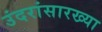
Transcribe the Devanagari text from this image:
उंदरांसारख्या